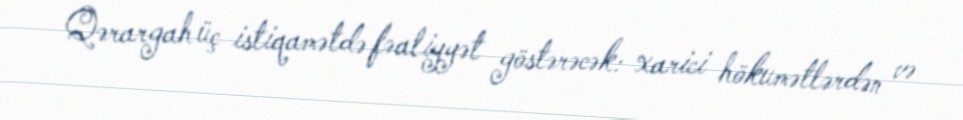
Qərargah üç istiqamətdə fəaliyyət göstərəcək: xarici hökumətlərdən və